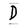
Character: D